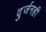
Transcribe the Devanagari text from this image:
दुर्जनही